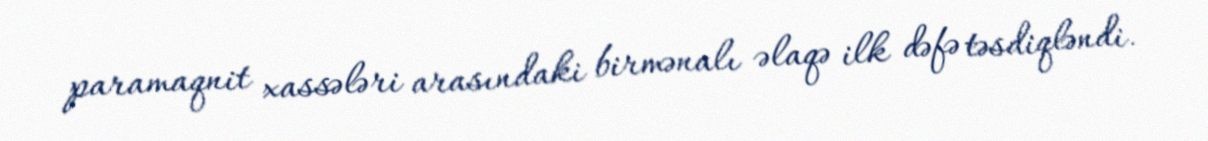
paramaqnit xassələri arasındaki birmənalı əlaqə ilk dəfə təsdiqləndi.